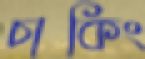
চাকিং